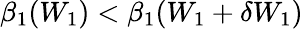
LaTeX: \beta_{1}(W_{1})<\beta_{1}(W_{1}+\delta W_{1})